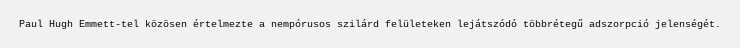
Paul Hugh Emmett-tel közösen értelmezte a nempórusos szilárd felületeken lejátszódó többrétegű adszorpció jelenségét.